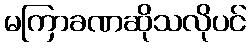
မကြာခဏဆိုသလိုပင်